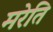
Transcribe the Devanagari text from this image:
मरेति